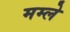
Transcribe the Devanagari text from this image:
मम्ले